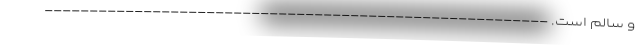
و سالم است. --------------------------------------------------------